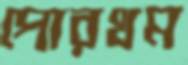
পোরথম